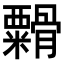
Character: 𬗁